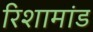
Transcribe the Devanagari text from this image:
रिशामांड